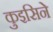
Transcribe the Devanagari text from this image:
कुइसिने